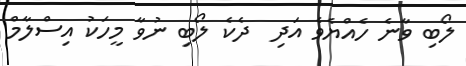
ލޯބި ވާނެ ހެއްޔެވެ އަދި  ދެކެ ލޯބި ނުވާ މީހަކު އިސްލާމް